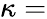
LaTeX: \kappa=